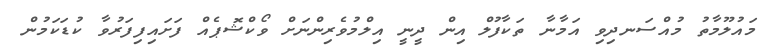
މައުލޫމާތު މުއްސަނދިވި އަމާނާ ތަކާފުލް އިން ދީނީ އިލްމުވެރިންނަށް ވޯކްޝޮޕެއް ފަށައިފިފަރުވާ ކުޑަކަމުން